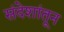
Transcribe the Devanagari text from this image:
संदेशांतून